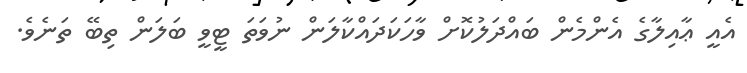
އެއީ ޢާއިލާގެ އެންމެން ބައްދަލުކޮށް ވާހަކަދައްކާލަން ނުވަތަ ޓީވީ ބަލަން ތިބޭ ތަނެވެ.